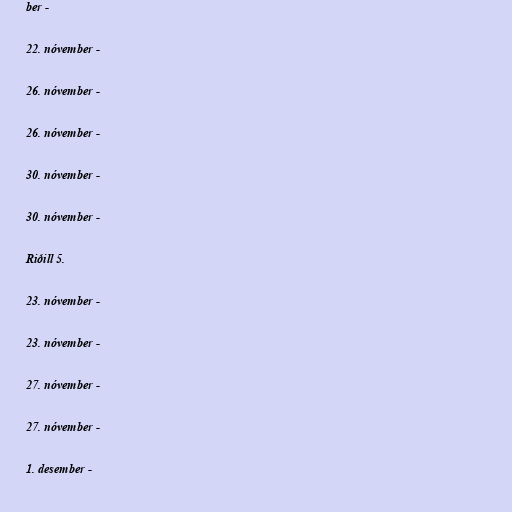
ber -

22. nóvember -

26. nóvember -

26. nóvember -

30. nóvember -

30. nóvember -

Riðill 5.

23. nóvember -

23. nóvember -

27. nóvember -

27. nóvember -

1. desember -